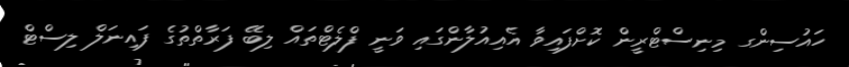
ހައުސިންގ މިނިސްޓްރީން ކޮށްފައިވާ އެއިއުލާންގައި ވަނީ ފްލެޓްތައް ލިބޭ ފަރާތްތުގެ ފައިނަލް ލިސްޓް